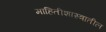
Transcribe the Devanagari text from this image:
माहितीशास्त्रातील